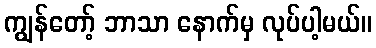
ကျွန်တော့် ဘာသာ နောက်မှ လုပ်ပါ့မယ်။